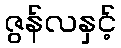
ဇွန်လနှင့်